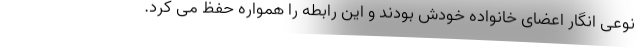
نوعی انگار اعضای خانواده خودش بودند و این رابطه را همواره حفظ می کرد.